Civil Veterinary Department Bengal reports 1923-33 - 1923-1933
Year: 1923
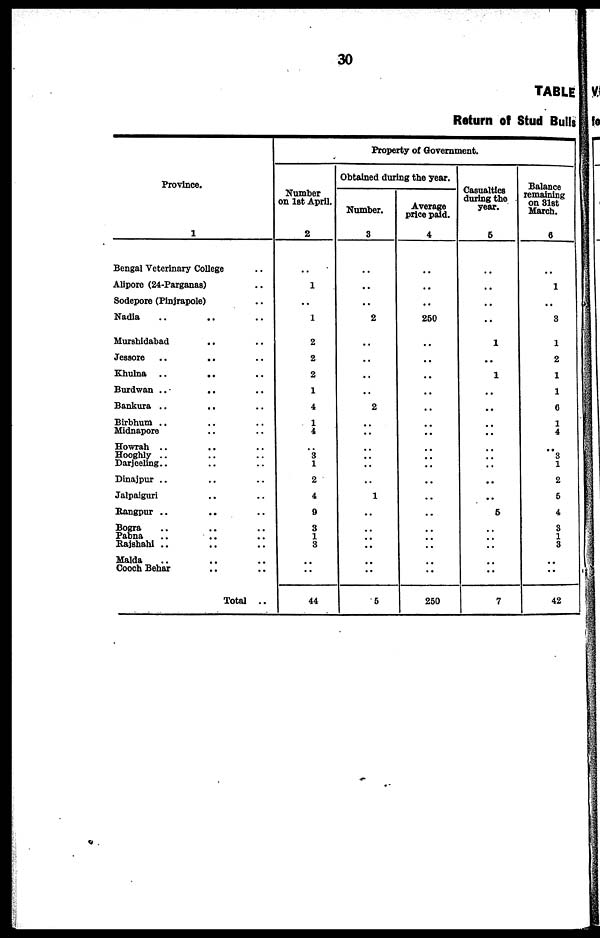
30
TABLE
Return of Stud Bulls
Province.
1
Bengal Veterinary College ..
Alipore (24-Parganas) ..
Sodepore (Pinjrapole) ..
Nadia .. .. ..
Murshidabad .. ..
Jessore
..
.. ..
Khulna .. .. ..
Burdwan ..
.. ..
Bankura ..
.. ..
Birbhum .. .. ..
Midnapore .. ..
Howrah .. .. ..
Hooghly .. .. ..
Darjeeling .. .. ..
Dinajpur .. .. ..
Jalpaiguri .. ..
Rangpur ..
.. ..
Bogra .. .. ..
Pabna .. .. ..
Rajshahi .. .. ..
Malda .. .. ..
Cooch Behar .. ..
Total
..
Property of Government.
Number
on 1st April.
2
..
1
..
1
2
2
2
1
4
1
4
..
3
1
2
4
9
3
1
3
..
..
44
Obtained duri
ing the year.
Number.
3
..
..
..
2
..
..
..
..
2
..
..
..
.. ..
..
1
..
..
..
..
..
..
5
Average
price paid.
4
..
..
..
250
..
..
..
..
..
..
..
..
..
..
..
..
..
..
..
..
..
..
250
Casualties
during the
year.
5
..
..
..
..
1
..
1
..
..
..
..
..
..
..
..
..
5
..
..
..
..
..
7
Balance
remaining
on 31st
March.
6
..
1
..
3
1
2
1
1
8
1
4
..
3
1
2
5
4
3
1
.. 3
..
..
42